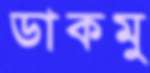
ডাকমু